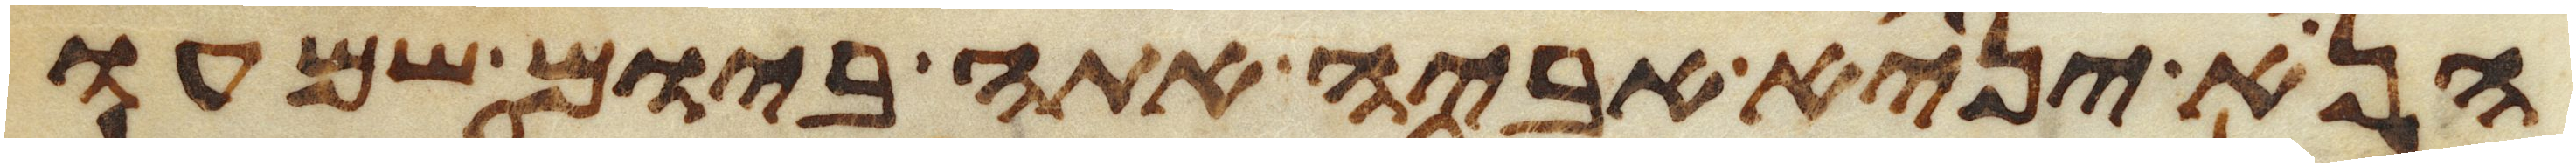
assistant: הנא יניא אביה אתה ביום שמעו